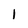
Character: l